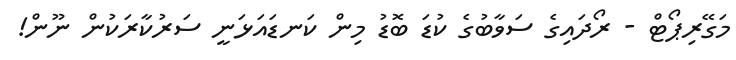
މަގޭރިޕޯޓް - ރޯދައިގެ ސަވާބުގެ ކުޑަ ބޮޑު މިން ކަނޑައަޅަނީ ސަރުކާރަކުން ނޫން!